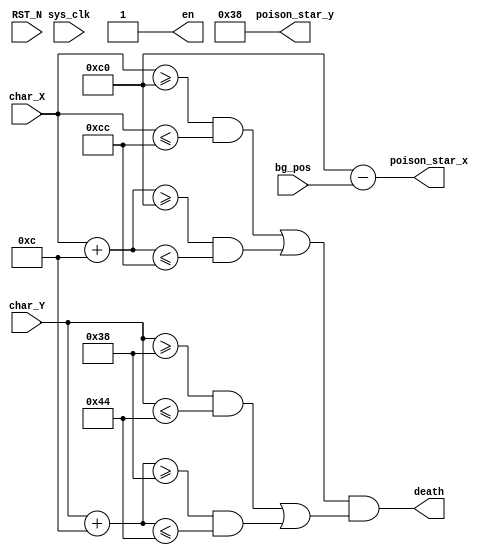
`timescale 1ns / 1ps

module POISON_STAR(input sys_clk,
	               input  [9:0] char_X,
	               input  [9:0] char_Y,
	                input  [9:0] bg_pos,
	                input RST_N,
                    output wire [9:0] poison_star_x,
                    output wire [9:0] poison_star_y,
                    output death,
                    output en
);
  reg [9:0] poison_star_x_r = 10'd192;
  reg [9:0] poison_star_y_r = 10'd56;
  reg enable = 1'b1;


  
  assign poison_star_x = poison_star_x_r - bg_pos;
  assign poison_star_y = poison_star_y_r;
 
 assign death =  ((((char_X >= poison_star_x_r) && (char_X <= poison_star_x_r + 10'd12)) || ((char_X + 10'd12 >= poison_star_x_r) && (char_X + 10'd12 <= poison_star_x_r + 10'd12)))) & ((((char_Y >= poison_star_y_r) && (char_Y <= poison_star_y_r + 10'd12)) || ((char_Y + 10'd12 >= poison_star_y_r) && (char_Y + 10'd12 <= poison_star_y_r + 10'd12))));
 assign en = enable;


endmodule